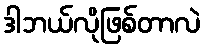
ဒါဘယ်လိုဖြစ်တာလဲ